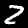
Digit: 2